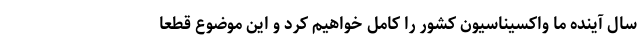
سال آینده ما واکسیناسیون کشور را کامل خواهیم کرد و این موضوع قطعا